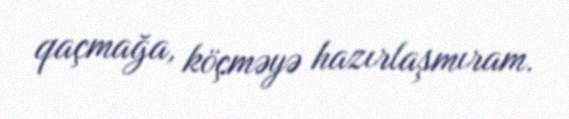
qaçmağa, köçməyə hazırlaşmıram.